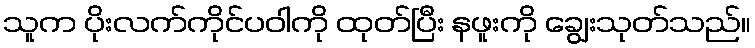
သူက ပိုးလက်ကိုင်ပဝါကို ထုတ်ပြီး နဖူးကို ချွေးသုတ်သည်။